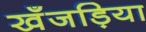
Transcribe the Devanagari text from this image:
खँजड़िया